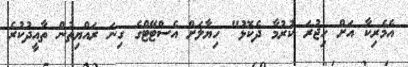
އެމެރިކާ އަށް ހިޖުރަ ކުރުމާ ދެކޮޅު" ހިޔާލަށް އެސްޓޭޓްގެ ގިނަ ރައްޔިތުން ތާއީދުކުރެ